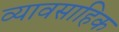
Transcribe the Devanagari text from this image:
व्यावसाहिक